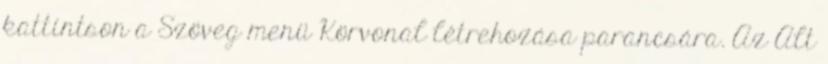
kattintson a Szöveg menü Körvonal létrehozása parancsára. Az Alt